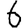
Digit: 6